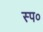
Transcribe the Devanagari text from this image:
स्प०